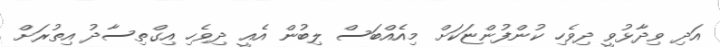
އަދި ވިދާޅުވީ ދިވެހި ކުންފުންޏަކަށް މިއެއްބަސް ލިބުން އެއީ ދިވެހި އިގްތިސާދު އިތުރަށް